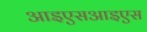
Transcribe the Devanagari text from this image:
आइएसआइएस